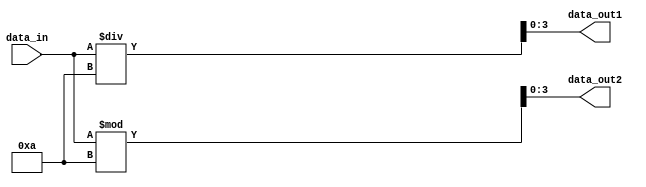
module dec2sevenseg (data_in,data_out1,data_out2);
	input [4:0] data_in;
	output [3:0] data_out1;
	output [3:0] data_out2;
	reg [3:0] data_out1,data_out2;
	always @(*)
		begin
		data_out1=data_in /10;
		data_out2=data_in %10;
		end
		
endmodule